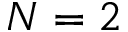
N = 2